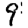
Digit: 9